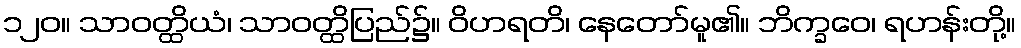
၁၂၀။ သာဝတ္ထိယံ၊ သာဝတ္ထိပြည်၌။ ဝိဟရတိ၊ နေတော်မူ၏။ ဘိက္ခဝေ၊ ရဟန်းတို့။